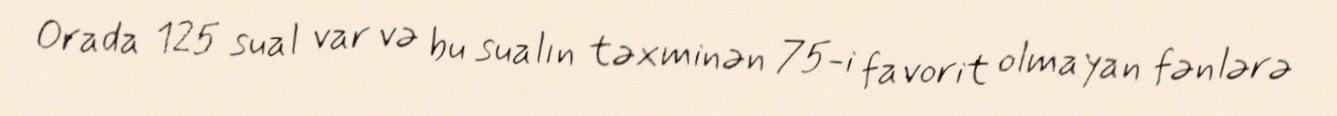
Orada 125 sual var və bu sualın təxminən 75-i favorit olmayan fənlərə